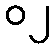
၀၂